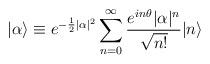
LaTeX: \begin{align*}|\alpha\rangle \equiv e^{-\frac{1}{2}|\alpha|^{2}}\sum_{n=0}^{\infty}\frac{e^{in\theta}|\alpha|^{n}}{\sqrt{n!}}|n\rangle\end{align*}